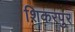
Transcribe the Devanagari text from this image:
शिकरपुर